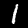
Label: 1